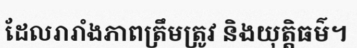
ដែលរារាំងភាពត្រឹមត្រូវ និងយុត្តិធម៌។